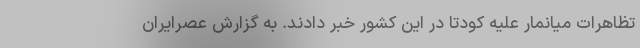
تظاهرات میانمار علیه کودتا در این کشور خبر دادند. به گزارش عصرایران